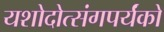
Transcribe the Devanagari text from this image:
यशोदोत्संगपर्यंको